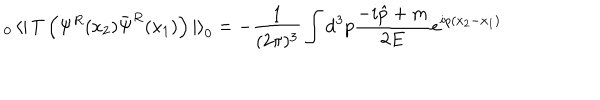
_ 0 \left< \right| T \left( \Psi ^ { R } ( x _ { 2 } ) \bar { \Psi } ^ { R } ( x _ { 1 } ) \right) \left| \right> _ { 0 } = - \frac { 1 } { ( 2 \pi ) ^ { 3 } } \int { \mathrm d } ^ { 3 } p \frac { - i \hat { p } + m } { 2 E } e ^ { i p ( x _ { 2 } - x _ { 1 } ) }